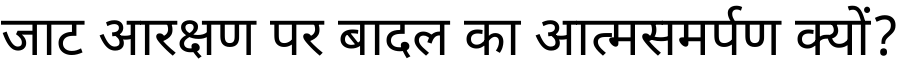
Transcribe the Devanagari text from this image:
जाट आरक्षण पर बादल का आत्मसमर्पण क्यों?